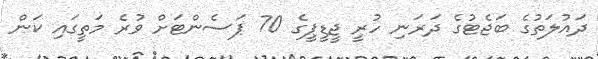
ދައުލަތުގެ ބަޖެޓުގެ ދަރަނި ހުރީ ޖީޑީޕީގެ 70 ޕަސެންޓަށް ވުރެ މަތީގައި ކަން